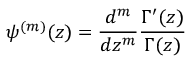
\psi ^ { ( m ) } ( z ) = { \frac { d ^ { m } } { d z ^ { m } } } { \frac { \Gamma ^ { \prime } ( z ) } { \Gamma ( z ) } }